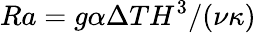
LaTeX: Ra=g\alpha\Delta TH^{3}/(\nu\kappa)